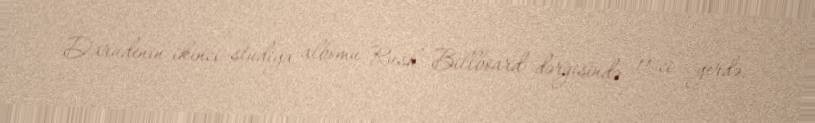
Darudenin ikinci studiya albomu Rush Billboard dərgisində 11-ci yerdə,